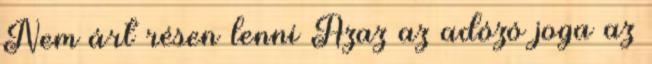
Nem árt résen lenni Azaz az adózó joga az